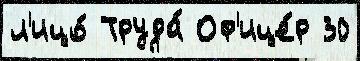
л'ицо́ Труда́ Оф'ице́р 30